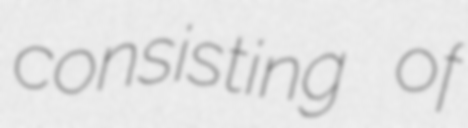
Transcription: consisting of